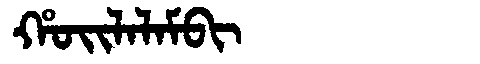
Manchu: ᡥᠣᡳᠯᠠᠯᠠᠮᠪᡳ
Romanization: HOILALAMBI